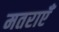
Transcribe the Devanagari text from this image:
मतराएँ